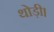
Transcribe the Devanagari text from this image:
थोड़ी।